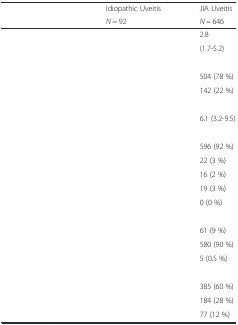
<table><thead><tr><td rowspan="2">[EMPTY_CELL]</td><td><b>Idiopathic Uveitis</b></td><td><b>JIA Uveitis</b></td></tr><tr><td><b><i>N</i> = 92</b></td><td><b><i>N</i> = 646</b></td></tr></thead><tbody><tr><td>[EMPTY_CELL]</td><td>[EMPTY_CELL]</td><td>2.8</td></tr><tr><td>[EMPTY_CELL]</td><td>[EMPTY_CELL]</td><td>(1.7-5.2)</td></tr><tr><td>[EMPTY_CELL]</td><td>[EMPTY_CELL]</td><td>[EMPTY_CELL]</td></tr><tr><td>[EMPTY_CELL]</td><td>[EMPTY_CELL]</td><td>504 (78 %)</td></tr><tr><td>[EMPTY_CELL]</td><td>[EMPTY_CELL]</td><td>142 (22 %)</td></tr><tr><td>[EMPTY_CELL]</td><td>[EMPTY_CELL]</td><td>[EMPTY_CELL]</td></tr><tr><td>[EMPTY_CELL]</td><td>[EMPTY_CELL]</td><td>6.1 (3.2-9.5)</td></tr><tr><td>[EMPTY_CELL]</td><td>[EMPTY_CELL]</td><td>[EMPTY_CELL]</td></tr><tr><td>[EMPTY_CELL]</td><td>[EMPTY_CELL]</td><td>596 (92 %)</td></tr><tr><td>[EMPTY_CELL]</td><td>[EMPTY_CELL]</td><td>22 (3 %)</td></tr><tr><td>[EMPTY_CELL]</td><td>[EMPTY_CELL]</td><td>16 (2 %)</td></tr><tr><td>[EMPTY_CELL]</td><td>[EMPTY_CELL]</td><td>19 (3 %)</td></tr><tr><td>[EMPTY_CELL]</td><td>[EMPTY_CELL]</td><td>0 (0 %)</td></tr><tr><td>[EMPTY_CELL]</td><td>[EMPTY_CELL]</td><td>[EMPTY_CELL]</td></tr><tr><td>[EMPTY_CELL]</td><td>[EMPTY_CELL]</td><td>61 (9 %)</td></tr><tr><td>[EMPTY_CELL]</td><td>[EMPTY_CELL]</td><td>580 (90 %)</td></tr><tr><td>[EMPTY_CELL]</td><td>[EMPTY_CELL]</td><td>5 (0.5 %)</td></tr><tr><td>[EMPTY_CELL]</td><td>[EMPTY_CELL]</td><td>[EMPTY_CELL]</td></tr><tr><td>[EMPTY_CELL]</td><td>[EMPTY_CELL]</td><td>385 (60 %)</td></tr><tr><td>[EMPTY_CELL]</td><td>[EMPTY_CELL]</td><td>184 (28 %)</td></tr><tr><td>[EMPTY_CELL]</td><td>[EMPTY_CELL]</td><td>77 (12 %)</td></tr></tbody></table>